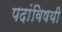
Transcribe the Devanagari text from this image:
पदांविषयी